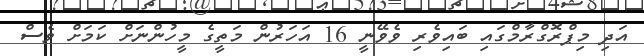
އަދި މިޕްރޮގްރާމްގައި ބައިވެރި ވެވޭނީ 16 އަހަރުން މަތީގެ މީހުންނަށް ކަމަށް ވެސް